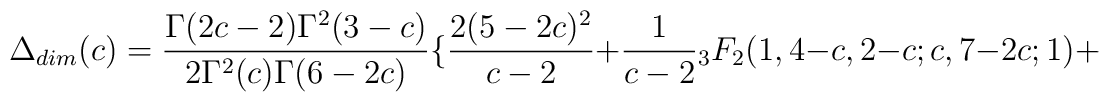
\Delta_{dim}(c)=\frac{\Gamma(2c-2)\Gamma^2 (3-c)}{2\Gamma^2 (c)\Gamma(6-2c)}\{ \frac{2(5-2c)^2}{c-2}+\frac{1}{c-2}{}_3F_2(1,4-c,2-c;c,7-2c;1)+